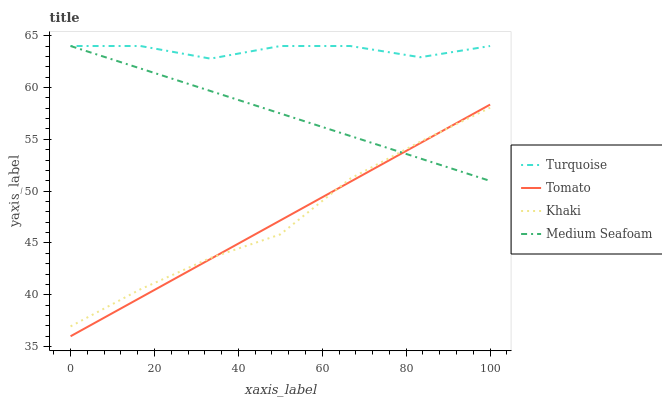
| xaxis_label | Turquoise | Tomato | Khaki | Medium Seafoam |
 | --- | --- | --- | --- | --- |
 | 0 | 64 | 36 | 37 | 64 |
 | 16.7 | 64 | 39.7 | 40.5 | 61.8 |
 | 33.3 | 62.8 | 43.5 | 43.6 | 59.7 |
 | 50 | 64 | 47.2 | 45.8 | 57.5 |
 | 66.7 | 64 | 50.9 | 51.2 | 55.3 |
 | 83.3 | 62.9 | 54.6 | 54.8 | 53.2 |
 | 100 | 64 | 58.4 | 58 | 51 |